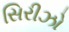
સિરીઝો